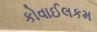
કોવાઈલકમ